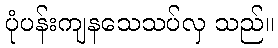
ပုံပန်းကျနသေသပ်လှ သည်။